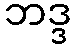
ဘဒ္ဒ